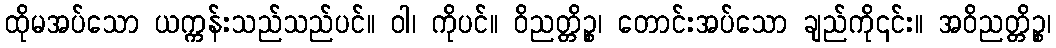
ထိုမအပ်သော ယက္ကန်းသည်သည်ပင်။ ဝါ၊ ကိုပင်။ ဝိညတ္တိဉ္စ၊ တောင်းအပ်သော ချည်ကို၎င်း။ အဝိညတ္တိဉ္စ၊